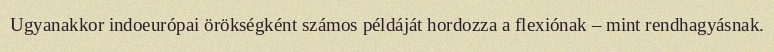
Ugyanakkor indoeurópai örökségként számos példáját hordozza a flexiónak – mint rendhagyásnak.